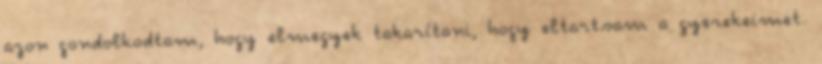
azon gondolkodtam, hogy elmegyek takarítani, hogy eltartsam a gyerekeimet.